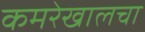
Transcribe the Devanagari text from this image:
कमरेखालचा